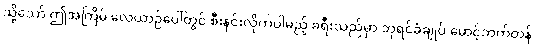
သို့သော် ဤအကြိမ် လေယာဉ်ပေါ်တွင် စီးနင်းလိုက်ပါမည့် ခရီးသည်မှာ ဘုရင်ခံချုပ် မောင့်ဘက်တန်